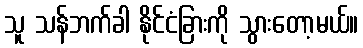
သူ သန်ဘက်ခါ နိုင်ငံခြားကို သွားတော့မယ်။